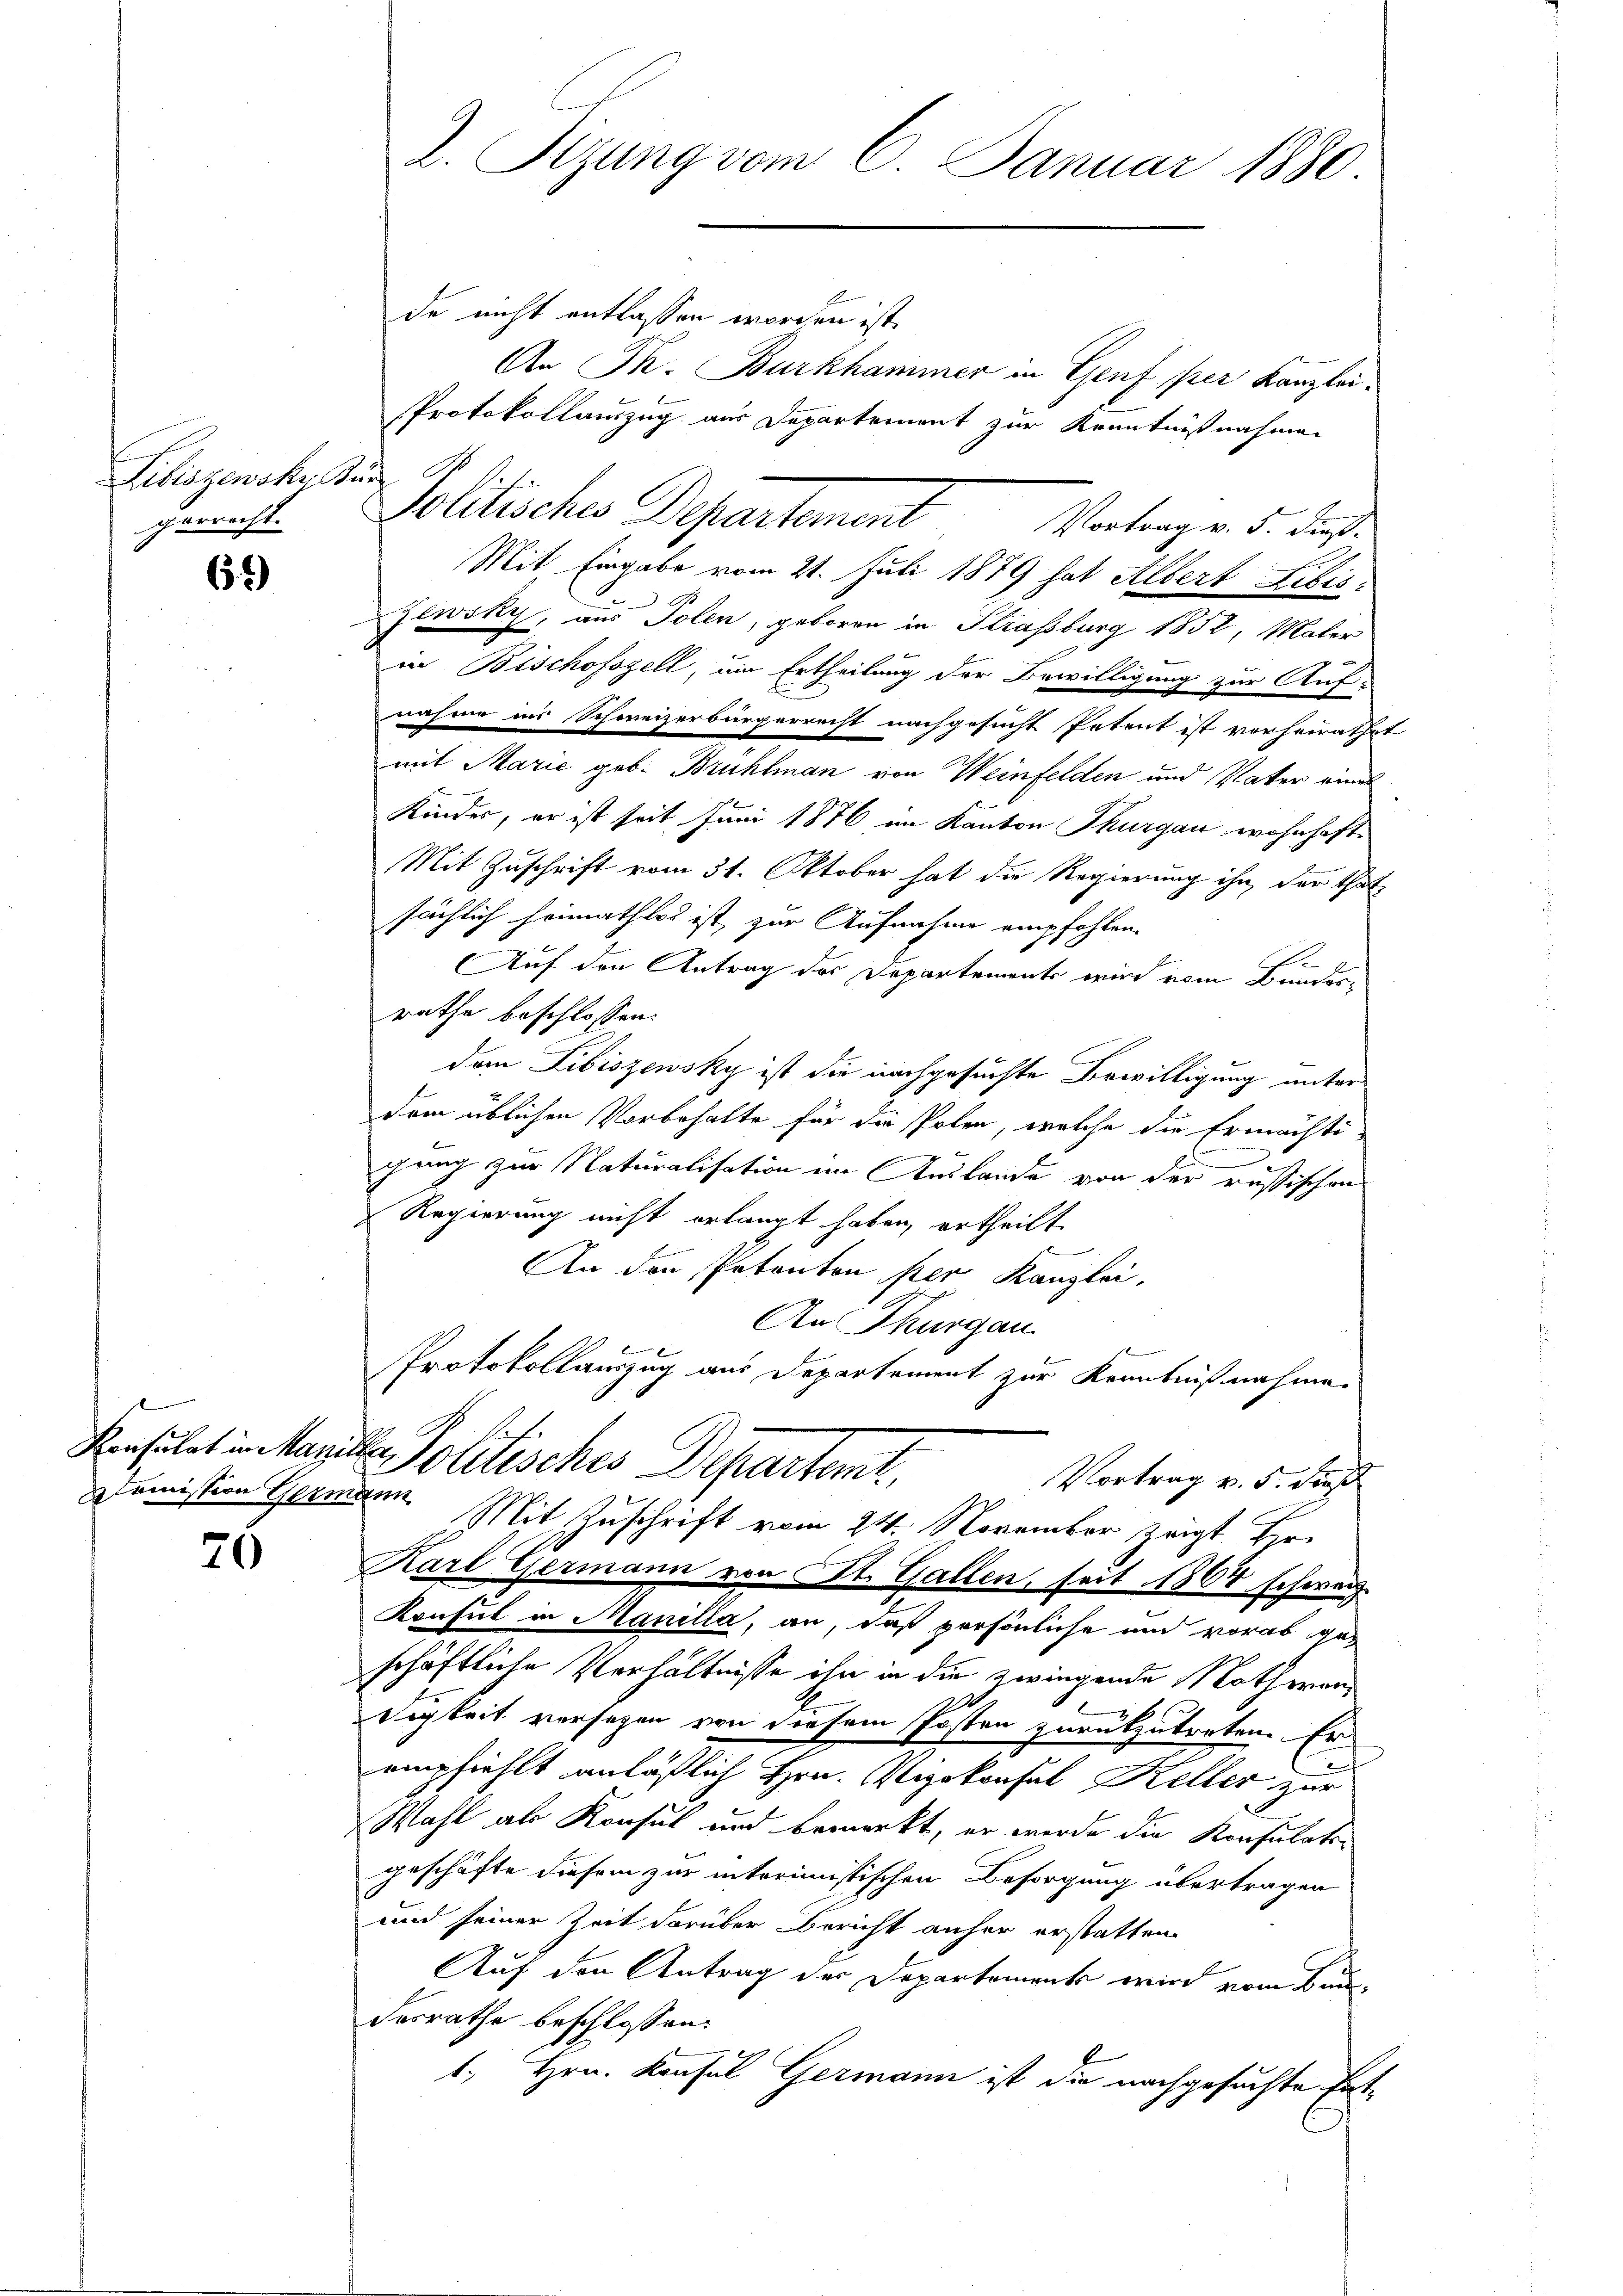
Libiszewska Kun
gerrecht.

61)

l
Konsulat in Marzin
Comission Germ

70

L. Sizung vom 6. Januar 1880

de nicht entlassen worden ist.
An Ph. Burkhammer in Genf per Kanzlei-
Protokollauszug aus Departement zur Kenntnißnahmen
Politisches Departement
Vortrag v. 5. dieß.
Mit Eingabe vom 21. Juli 1879 hat Albert Libis¬
Zewsky, aus Polen, geboren in Strassburg 1852, Maler
in Bischofszell, um Ertheilung der Bewilligung zur Auf-
nahme ins Schweizerbürgerrecht nachgesucht Petent ist vorheirathet
mit Marie geb. Brühlman von Weinfelden und Vater eines
Kinder, er ist seit Juni 1876 im Kanton Thurgau, wohnhaft
Mit Zuschrift vom 31. Oktober hat die Regierung ihn, der that
sächlich heimathlos ist zur Aufnahme empfohlen.
Auf den Antrag des Departemente wird vom Bunderrathe beschlossen:
den Libiszensky ist die nachgesuchte Bewilligung unter
dem üblichen Vorbehalte für die Polen, welche die Ermächti-

u
gang zur Naturalisation im Auslande von der russischen
Regierung nicht erlangt haben, ertheilt
An den Petenten per Kanzlei,
An Thurgau
x
Protokollauszug aus Departement zur Kenntnißnahme
E
I. Politisches Departent.
Vortrag v. 5. Straß
Z 1441
Mit Zuschrift vom 24. November zeigt Hr.
Karl Germann von St. Gallen, seit 1864 schweiz.
Konsul in Manilla, an, daß persönliche und vorab geschäftliche Verhältnisse ihn in die zwingende Nothwendigkeit versehen von diesem Posten zurükzutreten. Er
empfiehlt anläßlich Hrn. Vizekonsul Keller zur
Wahl als Konsul und bemerkt, er werde die Konsulatsgeschäfte diesem zur interimistischen Besorgung übertragen
und seiner Zeit darüber Bericht anher erstatten
Auf den Antrag der Departements wird vom Bundesrathe beschlossen:
1., Hrn. Konfel Germann ist die nachgesuchte Ent¬